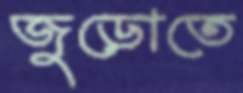
জুড়োতে